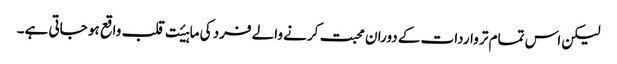
لیکن اس تمام تر واردات کے دوران محبت کرنے والے فرد کی ماہیٔت قلب واقع ہو جاتی ہے۔